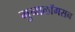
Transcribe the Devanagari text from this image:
गुनालॉगसन